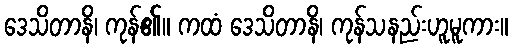
ဒေသိတာနိ၊ ကုန်၏။ ကထံ ဒေသိတာနိ၊ ကုန်သနည်းဟူမူကား။